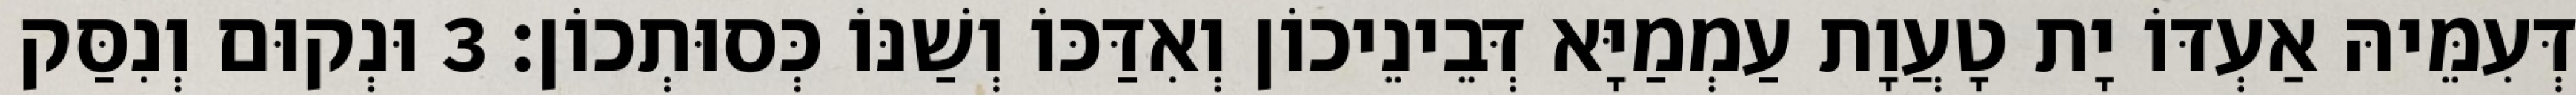
דְּעִמֵּיהּ אַעְדּוֹ יָת טָעֲוָת עַמְמַיָּא דְּבֵינֵיכוֹן וְאִדַּכּוֹ וְשַׁנּוֹ כְּסוּתְכוֹן׃ 3 וּנְקוּם וְנִסַּק